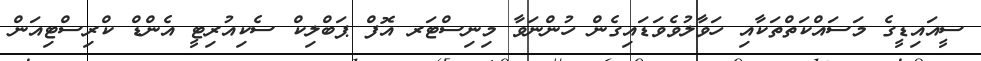
ސީއައިޑީގެ މަސައްކަތްތަކާއި ހަވާލުވެވަޑައިގެން ހުންނަވާ މިނިސްޓަރ އޮފް ޕަބްލިކް ސެކިއުރިޓީ އެންޑް ކްރިސްޓިއަން